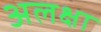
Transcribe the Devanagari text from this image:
अलक्षा